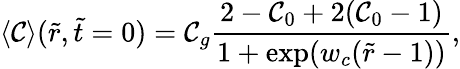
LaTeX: \left\langle\mathcal{C}\right\rangle(\tilde{{r}},\tilde{{t}}=0)=\mathcal{C}_{g}\frac{{2-\mathcal{C}_{0}+2(\mathcal{C}_{0}-1)}}{{1+\exp(w_{c}(\tilde{{r}}-1))}},